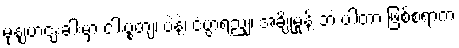
မုနျ့ဟငျးခါးမှာ ငါးပွုတျ၊ ပဲနဲ့၊ ငံပွာရညျ၊ အချိုမှုန့် ဘဲ ပါတာ ဖြစ်စရာက